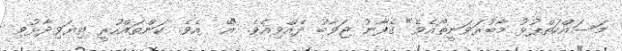
މަސައްކަތްޕުޅު މާބުރަވަނީތޯއެވެ" ގެފާނު ޖަވާބު ދެއްވިއެވެ. "އޭ  އެވެ. ކަންތައްހުރީ ތިޔަވިދާޅުވި